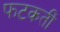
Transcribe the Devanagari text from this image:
फटकतीं